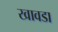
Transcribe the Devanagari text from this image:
खावडा